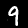
Digit: 9